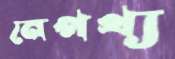
নেপথ্য